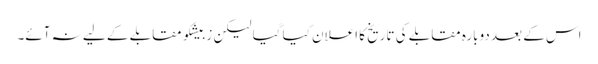
اس کے بعد دوبارہ مقابلے کی تاریخ کا اعلان کیا گیا لیکن زبیشکو مقابلے کے لیے نہ آئے۔